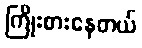
ကြိုးစားနေတယ်